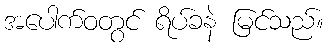
အပေါက်ဝတွင် ရိပ်ခနဲ မြင်သည်။